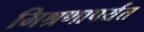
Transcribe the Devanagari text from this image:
मिश्रणापर्यंत